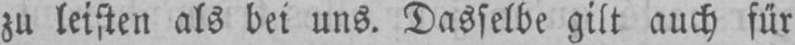
zu leisten als bei uns. Dasselbe gilt auch für